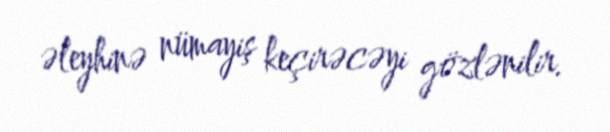
əleyhinə nümayiş keçirəcəyi gözlənilir.